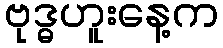
ဗုဒ္ဓဟူးနေ့က